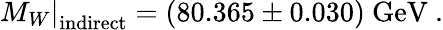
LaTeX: \left.M_{W}\right|_{\mathrm{indirect}}=(80.365\pm 0.030)~\mathrm{GeV}~.